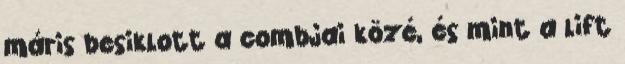
máris besiklott a combjai közé, és mint a lift